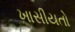
ખાસીયતો